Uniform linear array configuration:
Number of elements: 32
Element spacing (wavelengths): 0.25
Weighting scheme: kaiser
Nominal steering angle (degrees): -30
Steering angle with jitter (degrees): -28.203
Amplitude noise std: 0.05
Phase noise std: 0.05

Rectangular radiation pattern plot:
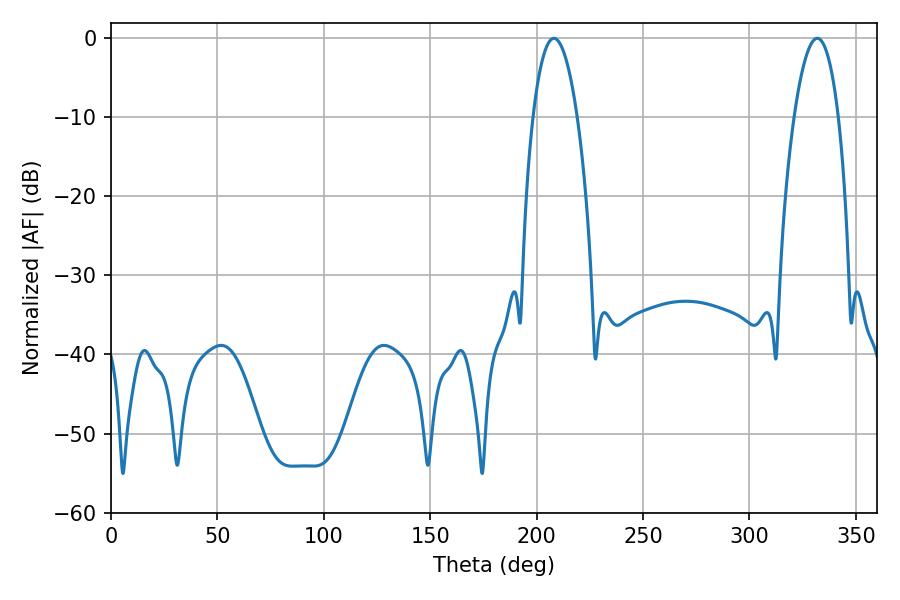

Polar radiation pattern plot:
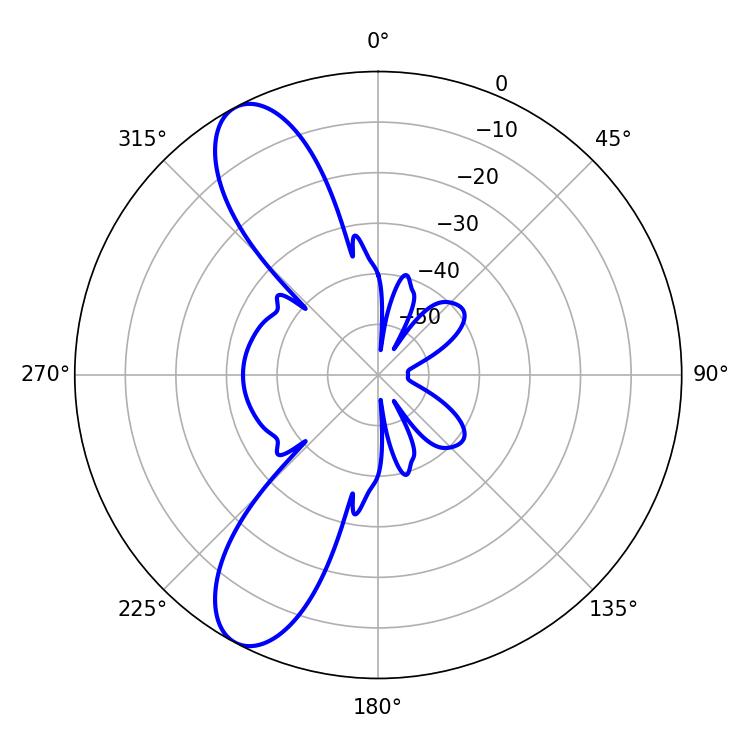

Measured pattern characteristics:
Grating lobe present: FALSE
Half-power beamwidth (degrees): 11.52
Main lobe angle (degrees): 208.08